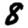
Digit: 8